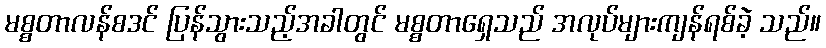
မစ္စတာလန်စဒင် ပြန်သွားသည့်အခါတွင် မစ္စတာရှေသည် အလုပ်များကျန်ရစ်ခဲ့ သည်။